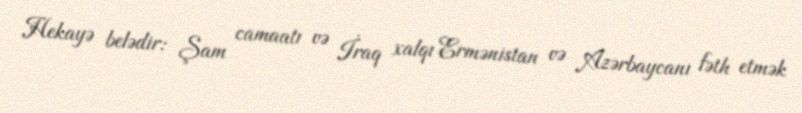
Hekayə belədir: Şam camaatı və İraq xalqı Ermənistan və Azərbaycanı fəth etmək